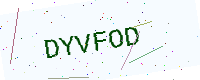
Text: DYVFOD